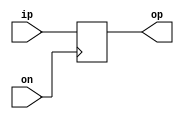
module reg_loader(ip,on,op);
input [15:0] ip;
input on;
output reg [15:0] op;
always @(posedge on)
begin
op=ip;
end
endmodule